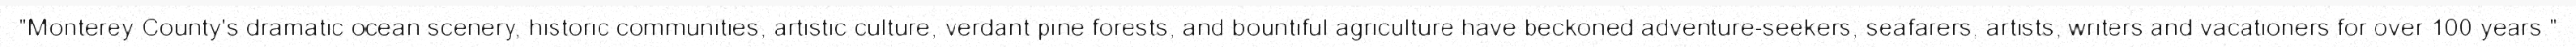
"Monterey County's dramatic ocean scenery, historic communities, artistic culture, verdant pine forests, and bountiful agriculture have beckoned adventure-seekers, seafarers, artists, writers and vacationers for over 100 years."